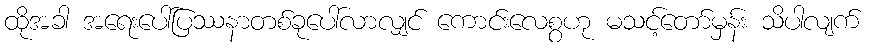
ထိုအခါ အရေးပေါ်ပြဿနာတစ်ခုပေါ်လာလျှင် ကောင်းလေစွဟု မသင့်တော်မှန်း သိပါလျက်